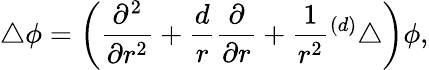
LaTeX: \bigtriangleup\phi=\left({\frac{\partial^{2}}{\partial r^{2}}}+{\frac{d}{r}}{\frac{\partial}{\partial r}}+{\frac{1}{r^{2}}}{}^{(d)}\bigtriangleup\right)\phi,